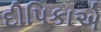
દીપિકાએ